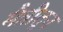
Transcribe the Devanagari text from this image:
मैत्रीतून